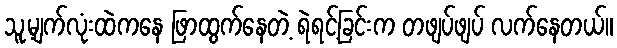
သူ့မျက်လုံးထဲကနေ ဖြာထွက်နေတဲ့ ရဲရင့်ခြင်းက တဖျပ်ဖျပ် လက်နေတယ်။